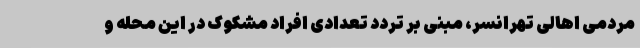
مردمی اهالی تهرانسر، مبنی بر تردد تعدادی افراد مشکوک در این محله و